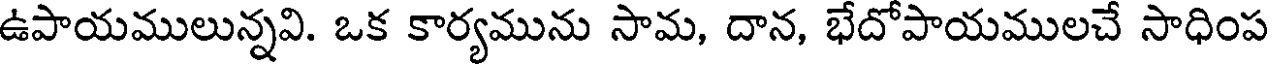
ఉపాయములున్నవి. ఒక కార్యమును సామ, దాన, భేదోపాయములచే సాధింప